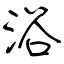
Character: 浴